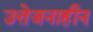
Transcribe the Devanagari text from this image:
उत्तेजनाहीन